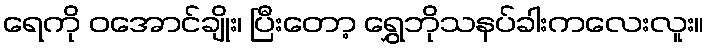
ရေကို ဝအောင်ချိုး၊ ပြီးတော့ ရွှေဘိုသနပ်ခါးကလေးလူး။